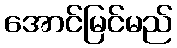
အောင်မြင်မည်